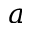
a